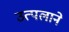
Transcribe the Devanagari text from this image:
उत्पलाने